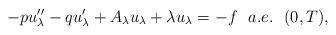
LaTeX: \begin{align*}-pu_{\lambda}^{\prime \prime} - q u_{\lambda}^{\prime} +A_{\lambda}u_{\lambda} + \lambda u_{\lambda} = -f \ \ a.e. \ \ (0,T),\end{align*}